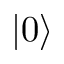
\left| 0 \right\rangle